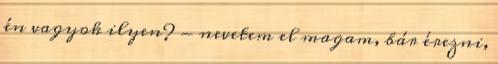
én vagyok ilyen? - nevetem el magam, bár érezni,